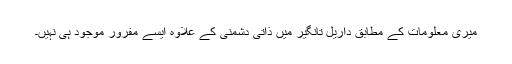
میری معلومات کے مطابق داریل تانگیر میں ذاتی دشمنی کے علاوہ ایسے مفرور موجود ہی نہیں۔